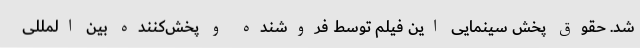
شد. حقوق پخش سینمایی این فیلم توسط فروشنده و پخش‌کننده بین المللی